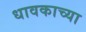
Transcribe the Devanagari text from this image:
धावकाच्या